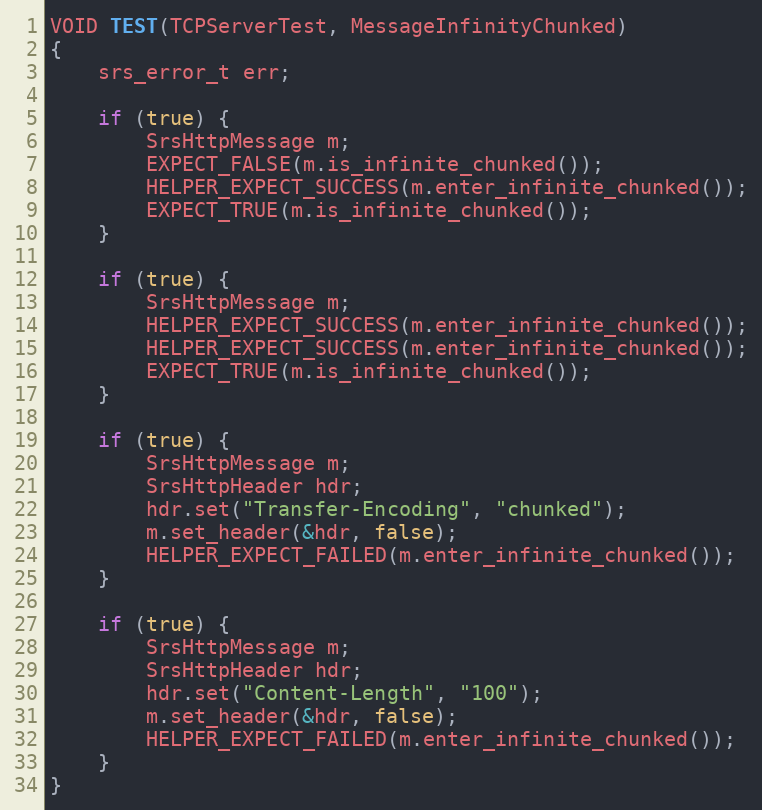
Language: C++
VOID TEST(TCPServerTest, MessageInfinityChunked)
{
    srs_error_t err;

	if (true) {
	    SrsHttpMessage m;
	    EXPECT_FALSE(m.is_infinite_chunked());
	    HELPER_EXPECT_SUCCESS(m.enter_infinite_chunked());
	    EXPECT_TRUE(m.is_infinite_chunked());
	}

	if (true) {
	    SrsHttpMessage m;
	    HELPER_EXPECT_SUCCESS(m.enter_infinite_chunked());
	    HELPER_EXPECT_SUCCESS(m.enter_infinite_chunked());
	    EXPECT_TRUE(m.is_infinite_chunked());
	}

	if (true) {
	    SrsHttpMessage m;
	    SrsHttpHeader hdr;
	    hdr.set("Transfer-Encoding", "chunked");
	    m.set_header(&hdr, false);
	    HELPER_EXPECT_FAILED(m.enter_infinite_chunked());
	}

	if (true) {
	    SrsHttpMessage m;
	    SrsHttpHeader hdr;
	    hdr.set("Content-Length", "100");
	    m.set_header(&hdr, false);
	    HELPER_EXPECT_FAILED(m.enter_infinite_chunked());
	}
}